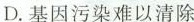
D. 基因污染难以清除